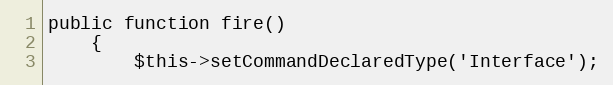
Language: PHP
public function fire()
    {
        $this->setCommandDeclaredType('Interface');